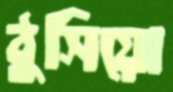
ঠুসিয়ো